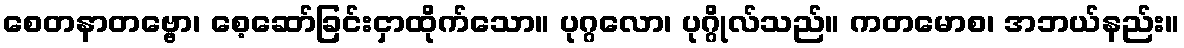
စေတနာတဗ္ဗော၊ စေ့ဆော်ခြင်းငှာထိုက်သော။ ပုဂ္ဂလော၊ ပုဂ္ဂိုလ်သည်။ ကတမောစ၊ အဘယ်နည်း။